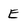
Character: E